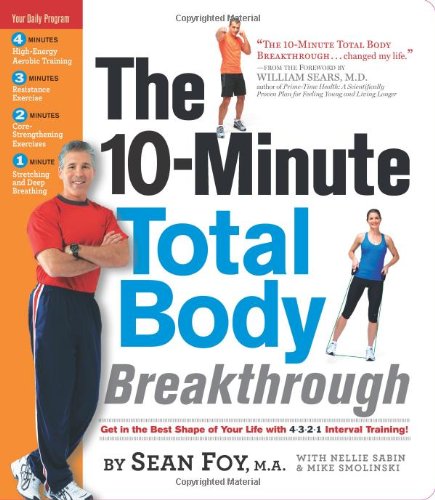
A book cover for The 10-Minute Total Body Breakthrough; Nellie Sabin; Health, Fitness & Dieting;